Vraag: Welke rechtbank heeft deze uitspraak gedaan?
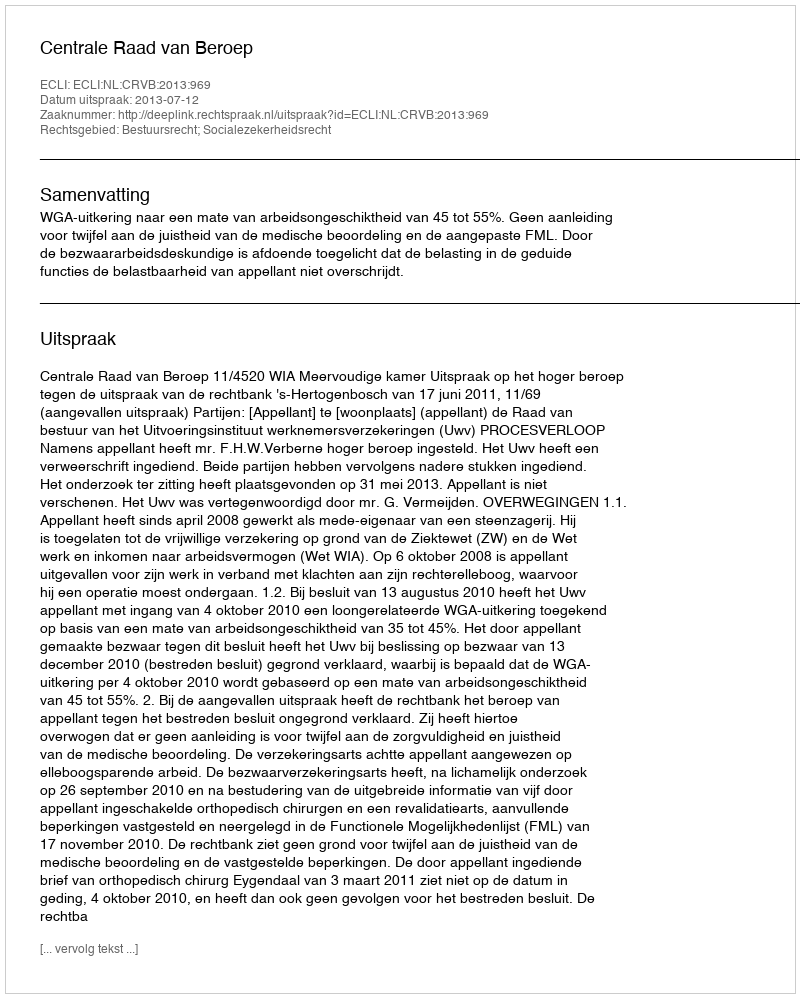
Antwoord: Centrale Raad van Beroep